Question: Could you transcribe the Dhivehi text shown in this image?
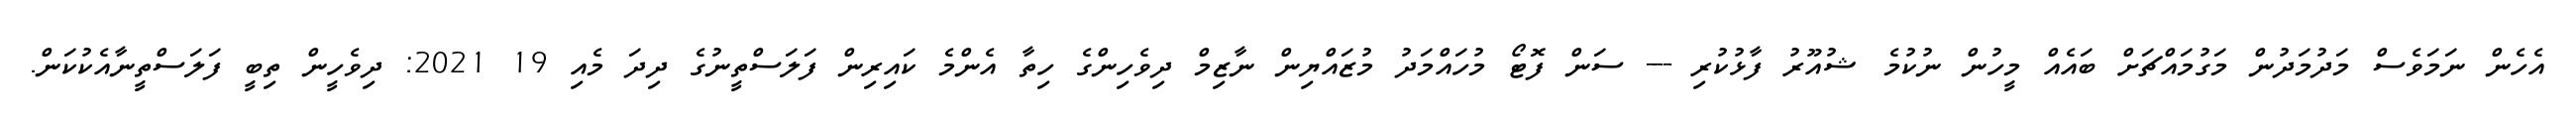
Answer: އެހެން ނަމަވެސް މަދުމަދުން މަގުމައްޗަށް ބައެއް މީހުން ނުކުމެ ޝުއޫރު ފާޅުކުރި --- ސަން ފޮޓޯ މުހައްމަދު މުޒައްޔިން ނާޒިމް ދިވެހިންގެ ހިތާ އެންމެ ކައިރިން ފަލަސްތީނުގެ ދިދަ މެއި 19 2021: ދިވެހީން ތިބީ ފަލަސްތީނާއެކުކަން.